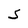
Character: S